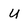
Character: U